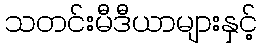
သတင်းမီဒီယာများနှင့်